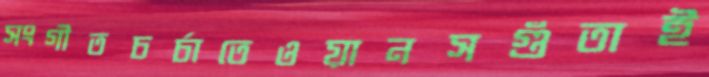
সংগীতচর্চাতেওয়ানসগুঁতাই